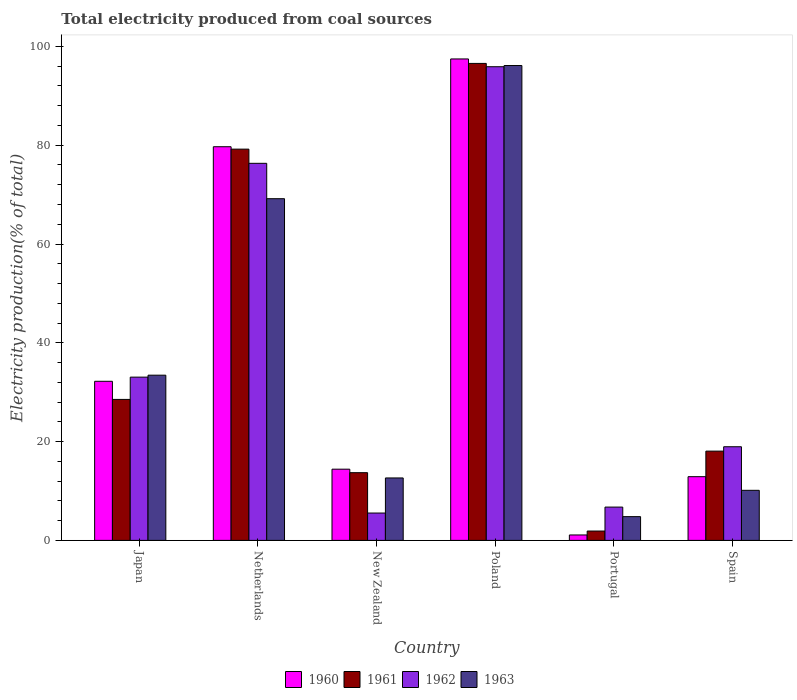
| Country | 1960 | 1961 | 1962 | 1963 |
 | --- | --- | --- | --- | --- |
 | Japan | 32.2 | 28.5 | 33 | 33.4 |
 | Netherlands | 79.7 | 79.2 | 76.3 | 69.2 |
 | New Zealand | 14.4 | 13.7 | 5.54 | 12.6 |
 | Poland | 97.5 | 96.6 | 95.9 | 96.1 |
 | Portugal | 1.1 | 1.89 | 6.74 | 4.81 |
 | Spain | 12.9 | 18.1 | 19 | 10.1 |